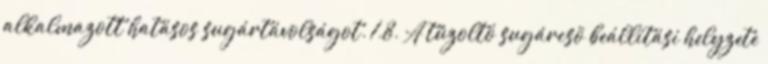
alkalmazott hatásos sugártávolságot. 1.8. A tûzoltó sugárcsõ beállítási helyzete